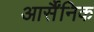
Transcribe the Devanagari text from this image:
आर्सैंनिक